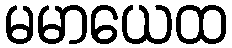
မမာယေထ